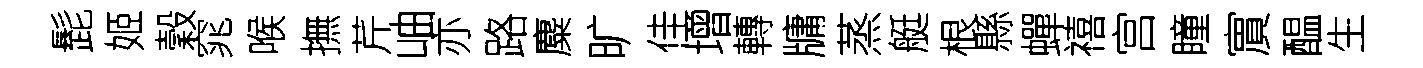
髭姬穀窕喉撫芹岫亦路麋旷佳增轉牗蒸艇根縣蟬禧宫瞳賔醖生